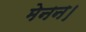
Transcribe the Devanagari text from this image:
मेनन।